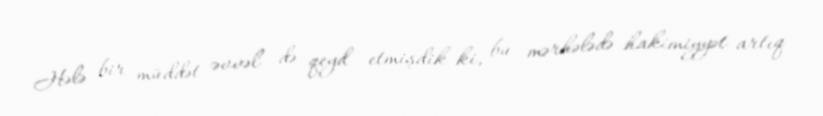
Hələ bir müddət əvvəl də qeyd etmişdik ki, bu mərhələdə hakimiyyət artıq